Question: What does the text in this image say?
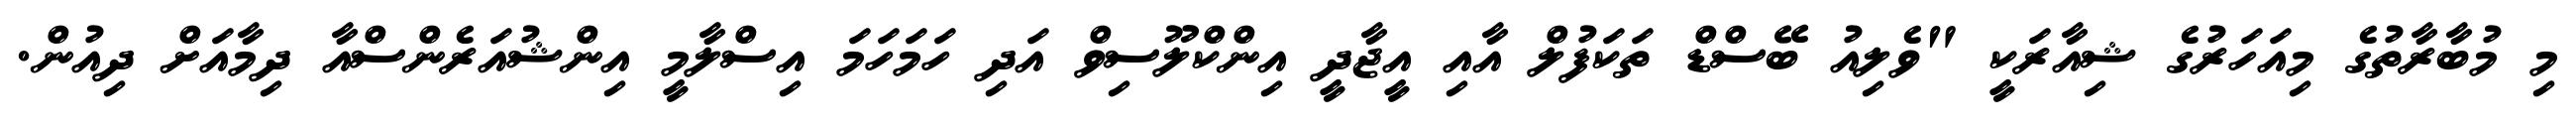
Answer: މި މުބާރާތުގެ މިއަހަރުގެ ޝިއާރަކީ "ވެލިއު ބޭސްޑް ތަކަފުލް އާއި އީޖާދީ އިންކްލޫސިވް އަދި ހަމަހަމަ އިސްލާމީ އިންޝުއަރެންސްއާ ދިމާއަށް ދިއުން.